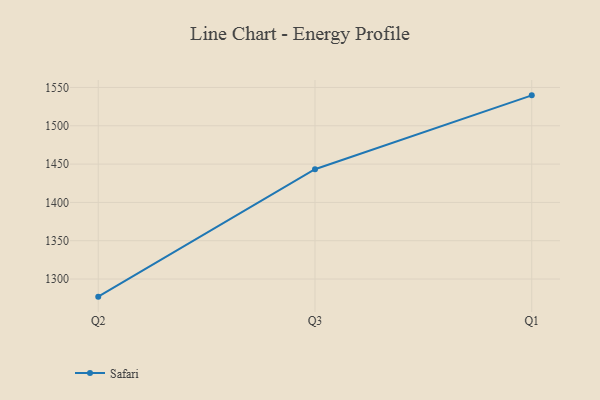
{"axis": {"x": "Quarter", "y": "Backlog"}, "legend": ["Safari"], "data": [{"x": "Q2", "y": 1277.0, "type": "Safari"}, {"x": "Q3", "y": 1443.3, "type": "Safari"}, {"x": "Q1", "y": 1539.7, "type": "Safari"}]}